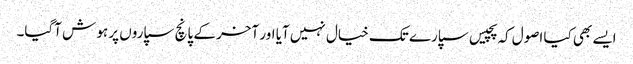
ایسے بھی کیا اصول کہ پچیس سپارے تک خیال نہیں آیا اور آخر کے پانچ سپاروں پر ہو ش آگیا۔